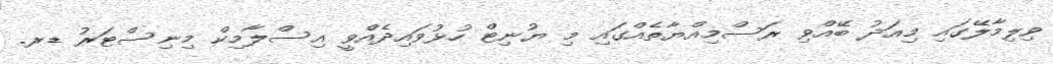
ވިލިމާލޭގައި މިއަދު ބޭއްވި ރަސްމިއްޔާތެއްގައި މި ޔުނިޓް ހުޅުވައިދެއްވީ އިސްލާމިކް މިނިސްޓަރު ޑރ.